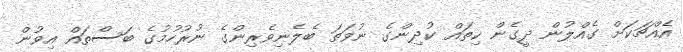
އެއްޗަކަށް ގެއްލުން ދީގެން ކިތައް ކުދިންގެ ނުވަތަ ބެލެނިވެރިންގެ ނުރުހުމުގެ ބަސްތައް އިވުން